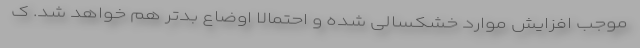
موجب افزایش موارد خشکسالی شده و احتمالا اوضاع بدتر هم خواهد شد. ک